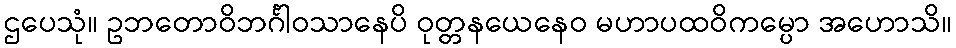
ဌပေသုံ။ ဥဘတောဝိဘင်္ဂါဝသာနေပိ ဝုတ္တနယေနေဝ မဟာပထဝိကမ္ပော အဟောသိ။